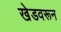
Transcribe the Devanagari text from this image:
खेडवरून